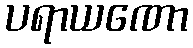
ပရာယဏော